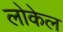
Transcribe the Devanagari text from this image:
लोकेल